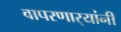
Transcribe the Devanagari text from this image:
वापरणार्‍यांनी